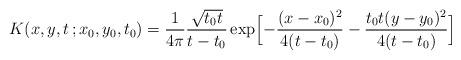
LaTeX: \begin{align*} K(x,y,t\,;x_0,y_0,t_0)=\frac{1}{4\pi} \frac{\sqrt{t_0t}}{t-t_0}\exp\Bigl[-\frac{(x-x_0)^2}{4(t-t_0)}-\frac{t_0 t (y-y_0)^2}{4(t-t_0)}\Bigr]\end{align*}